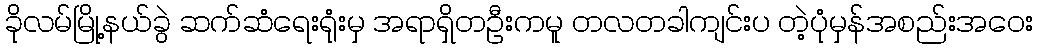
ခိုလမ်မြို့နယ်ခွဲ ဆက်ဆံရေးရုံးမှ အရာရှိတဦးကမူ တလတခါကျင်းပ တဲ့ပုံမှန်အစည်းအဝေး